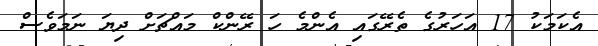
އެކަމަކު 17 އަހަރުގެ ތެރޭގައި އެންމެ ހަ ރޭންކް މައްޗަށް ދިޔަ ނަމަވެސް